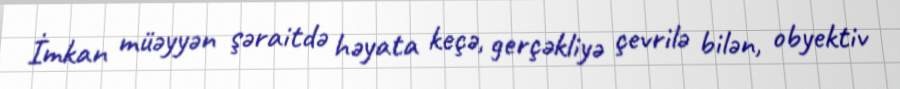
İmkan müəyyən şəraitdə həyata keçə, gerçəkliyə çevrilə bilən, obyektiv